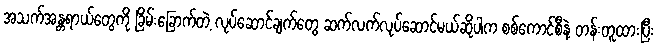
အသက်အန္တရာယ်တွေကို ခြိမ်းခြောက်တဲ့ လုပ်ဆောင်ချက်တွေ ဆက်လက်လုပ်ဆောင်မယ်ဆိုပါက စစ်ကောင်စီနဲ့ တန်းတူထားပြီး